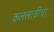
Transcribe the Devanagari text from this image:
कललावीचा